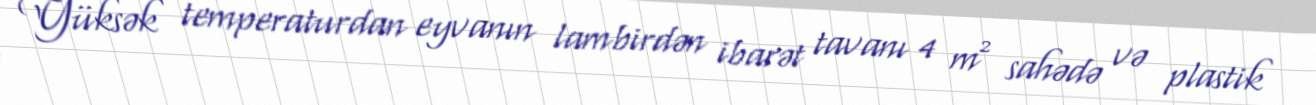
Yüksək temperaturdan eyvanın lambirdən ibarət tavanı 4 m² sahədə və plastik